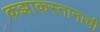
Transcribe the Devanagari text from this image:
कझाकस्तानाची